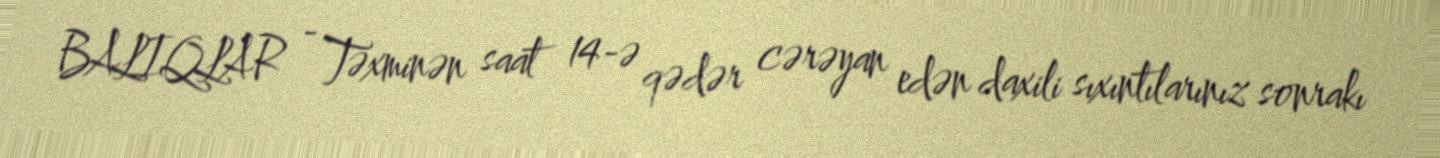
BALIQLAR - Təxminən saat 14-ə qədər cərəyan edən daxili sıxıntılarınız sonrakı